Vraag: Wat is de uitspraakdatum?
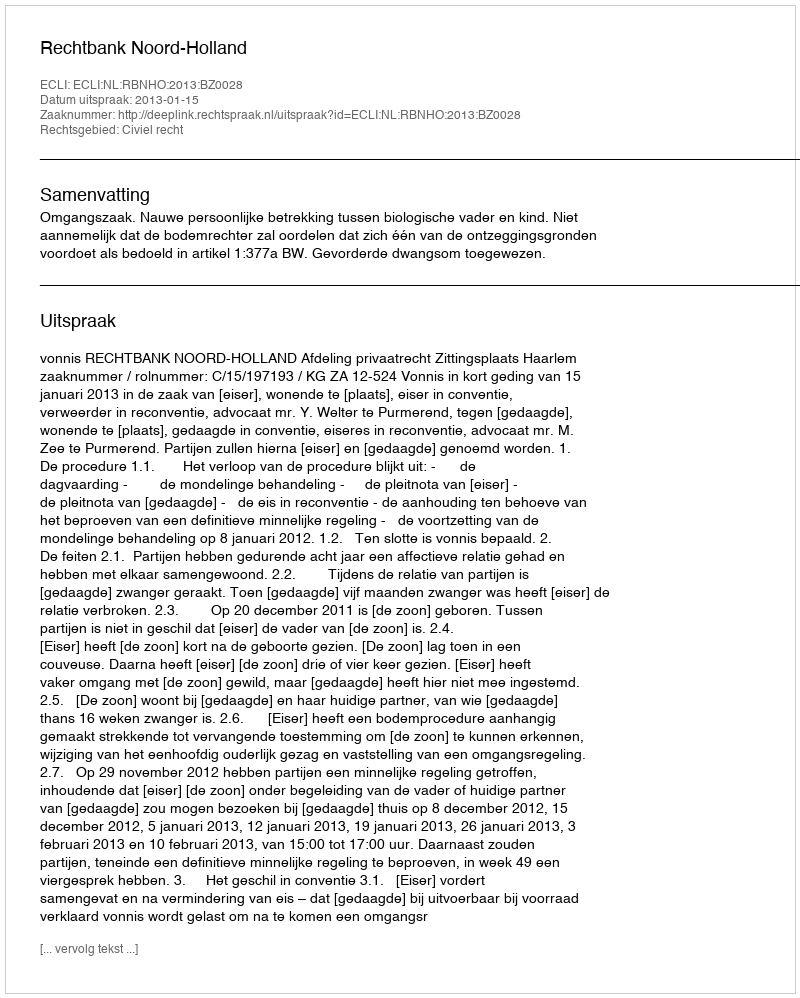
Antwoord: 2013-01-15